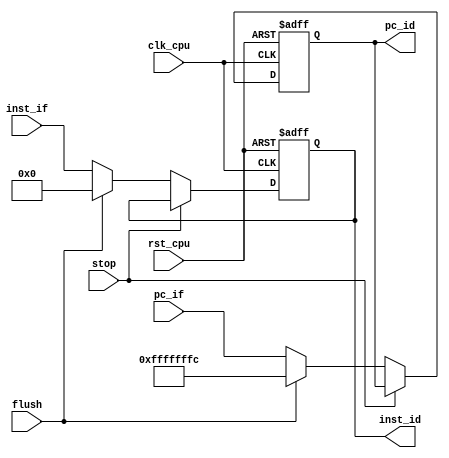


module IF_ID(
input clk_cpu,
input rst_cpu,
input [31:0] pc_if,
input [31:0] inst_if,
input flush,
input stop,
output reg[31:0] pc_id,
output reg[31:0] inst_id
);

always@(posedge clk_cpu or posedge rst_cpu)
begin
    if(rst_cpu)
    begin
        inst_id <= 0;
        pc_id <= 32'hffff_fffc;
    end
    else if(stop)begin                             //
        inst_id <= inst_id;
        pc_id <= pc_id;
    end                               
    else if(flush) begin                           //
        inst_id <= 0;
        pc_id <= 32'hffff_fffc;
    end
    else begin                                    //
        pc_id <= pc_if;
        inst_id <= inst_if;
    end
end
endmodule